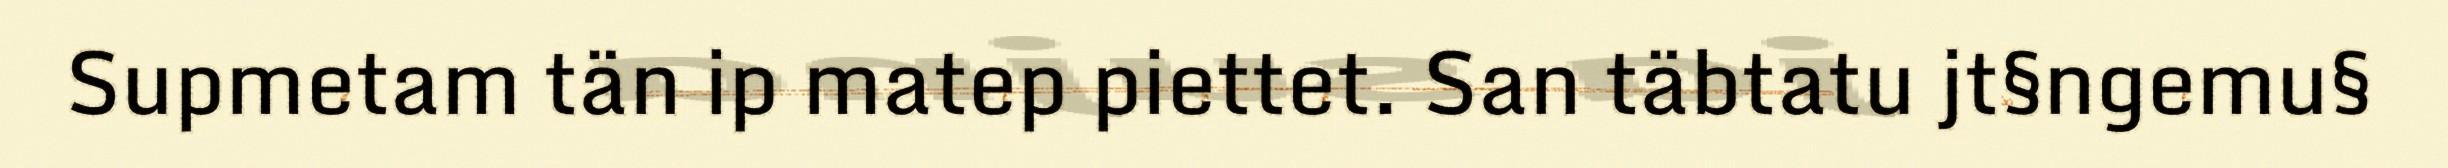
Supmetam tän ip matep piettet. San täbtatu jt§ngemu§